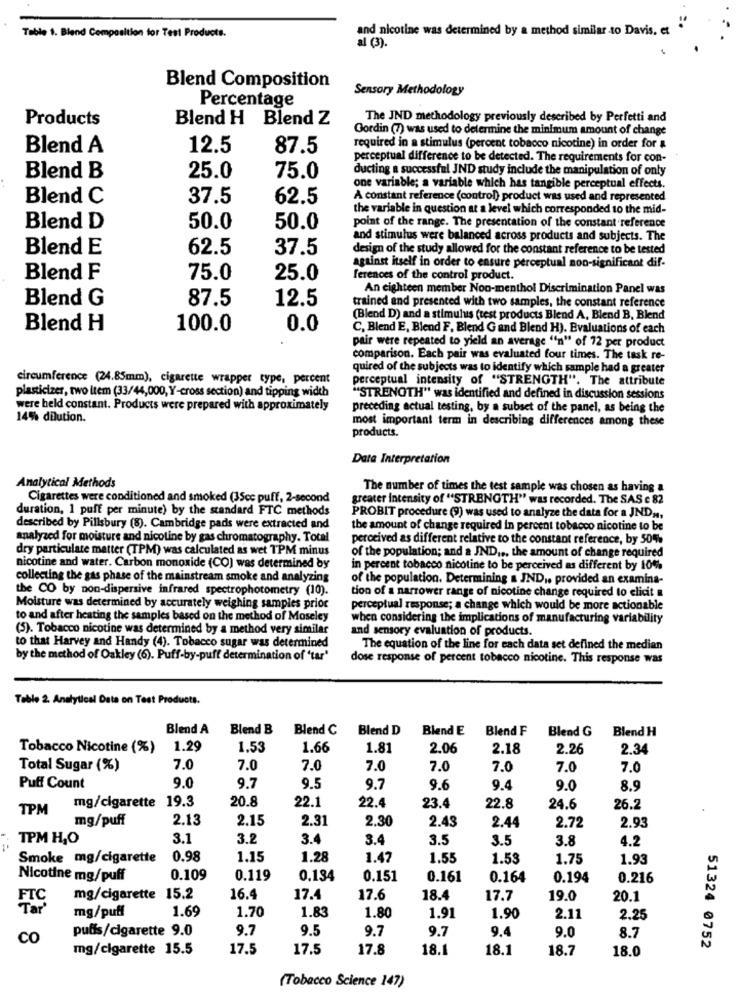
Table 1. Blend Composition for Test Products.
and nicotine was determined by a method similar to Davis, et
al (3).
Blend Composition
Sensory Methodology
Percentage
Products
Blend H Blend Z
The JND methodology previously described by Perfetti and
Gordin (7) was used to determine the minimum amount of change
Blend A
12.5
87.5
required in a stimulus (percent tobacco nicotine) in order for &
perceptual difference to be detected. The requirements for con-
ducting a successful JND study include the manipulation of only
Blend B
25.0
75.0
one variable; a variable which has tangible perceptual effects.
Blend C
37.5
62.5
A constant reference (control) product was used and represented
the variable in question at a level which corresponded to the mid-
Blend D
50.0
50.0
point of the range. The presentation of the constant reference
and stimulus were balanced across products and subjects. The
Blend E
62.5
37.5
design of the study allowed for the constant reference to be tested
against itself in order to ensure perceptual non-significant dif-
Blend F
75.0
25.0
ferences of the control product.
An eighteen member Non-menthol Discrimination Panel was
Blend G
87.5
12.5
trained and presented with two samples, the constant reference
(Blend D) and a stimulus (test products Blend A, Blend B, Blend
Blend H
100.0
0.0
C, Blend E, Blend F. Blend Gand Blend H). Evaluations of each
pair were repeated to yield an average "n" of 72 per product
comparison. Each pair was evaluated four times. The task re-
quired of the subjects was to identify which sample had a greater
circumference (24.85mm), cigarette wrapper type, percent
perceptual intensity of "STRENGTH". The attribute
plasticizer, two item (33/44,000, Y-cross section) and tipping width
"STRENGTH" was identified and defined in discussion sessions
were held constant. Products were prepared with approximately
preceding actual testing, by a subset of the panel, as being the
145% dilution.
most important term in describing differences among these
products.
Data Interpretation
Analytical Methods
The number of times the test sample was chosen as having a
Cigarettes were conditioned and smoked (35cc puff, 2-second
greater Intensity of "STRENGTH" was recorded. The SAS e 82
duration, 1 puff per minute) by the standard FTC methods
PROBIT procedure (9) was used to analyze the data for a JND ,..
described by Pillsbury (8). Cambridge pads were extracted and
the amount of change required in percent tobacco nicotine to be
analyzed for moisture and nicotine by gas chromatography. Total
perceived as different relative to the constant reference, by 50%
dry particulate matter (TPM) was calculated as wet TPM minus
of the population; and a IND ... the amount of change required
nicotine and water. Carbon monoxide (CO) was determined by
in percent tobacco nicotine to be perceived as different by 10%%
collecting the gas phase of the mainstream smoke and analyzing
of the population. Determining a IND .. provided an examina-
the CO by non-dispersive infrared spectrophotometry (10).
tion of a narrower range of nicotine change required to elicit
Moisture was determined by accurately weighing samples prior
perceptual response; a change which would be more actionable
to and after heating the samples based on the method of Moseley
when considering the implications of manufacturing variability
(5). Tobacco nicotine was determined by a method very similar
and sensory evaluation of products.
to that Harvey and Handy (4). Tobacco sugar was determined
The equation of the line for each data set defined the median
by the method of Oakley (6). Puff-by-puff determination of 'tar'
dose response of percent tobacco nicotine. This response was
Table 2. Analytical Data on Test Products.
Blend A Blend B
Blend C
Blend D
Blend E
Blend F
Blend G
Blend H
Tobacco Nicotine (%)
1.29
1.53
1.66
1.81
2.06
2.18
2.26
2.34
Total Sugar (%)
7.0
7.0
7.0
7.0
7.0
7.0
7.0
7.0
Puff Count
9.0
9.7
9.5
9.7
9.6
9.4
9.0
8.9
mg/cigarette 19.3
20.8
TPM
22.1
22.4
23.4
22.8
24.6
26.2
mg/puff
2.13
2.15
2.31
2.30
2.72
2.93
2.43
2.44
TPM H,O
3.1
3.2
3.4
3.4
3.5
3.5
3.8
4.2
Smoke mg/cigarette
0.98
1.15
1.28
1.47
1.55
1.53
1.75
1.93
Nicotine mg/puff
0.109
0.119
0.134
0.151
0.16
0.164
0.194
0.216
FTC
mg/cigarette 15.2
16.4
17.4
17.6
18.4
17.7
19.0
20.1
Tar
mg/puff
1.69
1.70
1.83
1.80
1.91
1.90
2.11
2.25
puffs/cigarette 9.0
9.7
9.5
9.7
9.7
9.4
9.0
8.7
CO
mg/cigarette 15.5
17.5
17.5
17.8
18.1
18.1
18.7
18.0
51324 0752
(Tobacco Science 147)